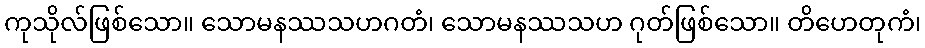
ကုသိုလ်ဖြစ်သော။ သောမနဿသဟဂတံ၊ သောမနဿသဟ ဂုတ်ဖြစ်သော။ တိဟေတုကံ၊